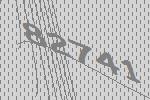
82741